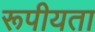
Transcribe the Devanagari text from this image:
रूपीयता